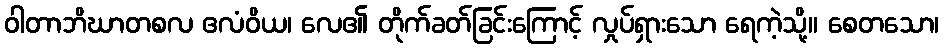
ဝါတာဘိဃာတစလ ဧလံဝိယ၊ လေ၏ တိုက်ခတ်ခြင်းကြောင့် လှုပ်ရှားသော ရေကဲ့သို့။ စေတသော၊